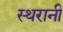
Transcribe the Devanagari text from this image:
स्थरानी